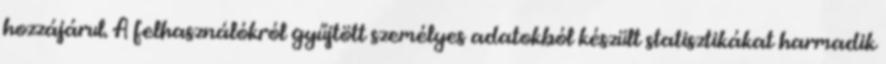
hozzájárul. A felhasználókról gyűjtött személyes adatokból készült statisztikákat harmadik